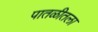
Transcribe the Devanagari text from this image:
पातळीतला